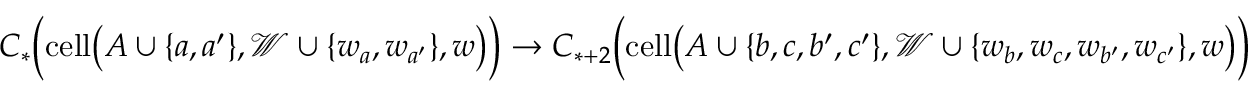
C _ { * } \Big ( \mathrm { c e l l } \big ( A \cup \{ a , a ^ { \prime } \} , \mathcal { W } \cup \{ w _ { a } , w _ { a ^ { \prime } } \} , w \big ) \Big ) \to C _ { * + 2 } \Big ( \mathrm { c e l l } \big ( A \cup \{ b , c , b ^ { \prime } , c ^ { \prime } \} , \mathcal { W } \cup \{ w _ { b } , w _ { c } , w _ { b ^ { \prime } } , w _ { c ^ { \prime } } \} , w \big ) \Big )